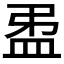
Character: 𥁜